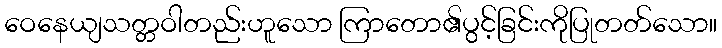
ဝေနေယျသတ္တဝါတည်းဟူသော ကြာတော၏ပွင့်ခြင်းကိုပြုတတ်သော။